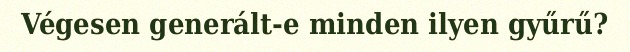
Végesen generált-e minden ilyen gyűrű?